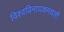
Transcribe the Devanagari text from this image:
विश्वविनायकमधली